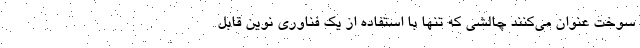
سوخت عنوان می‌کنند چالشی که تنها با استفاده از یک فناوری نوین قابل